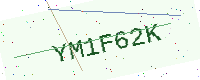
Text: YM1F62K